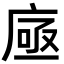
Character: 𢉗